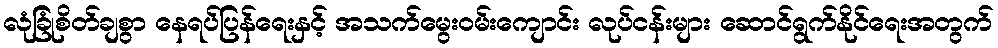
လုံခြုံစိတ်ချစွာ နေရပ်ပြန်ရေးနှင့် အသက်မွေးဝမ်းကျောင်း လုပ်ငန်းများ ဆောင်ရွက်နိုင်ရေးအတွက်